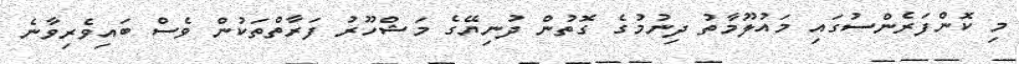
މި ކޮންފަރެންސުގައި މައުލޫމާތު ދިނުމުގެ ގޮތުން ދުނިޔޭގެ މަޝްހޫރު ފަރާތްތަކުން ވެސް ބައިވެރިވާނެ